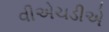
વીએચડીએ